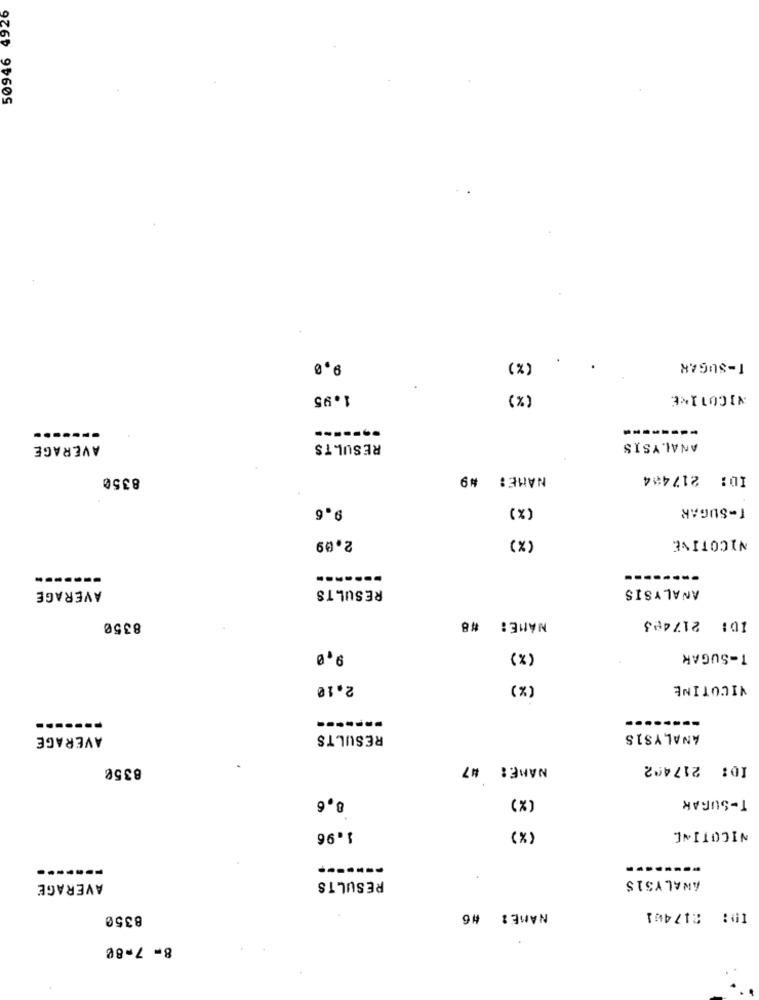
50946 4926
9,0
(%)
T-SUGAR
1.95
(x)
NICOTINE
-------
AVERAGE
RESULTS
ANALYSIS
8350
NAME: #9
ID: 217404
9.6
(x)
T-SUGAR
2.09
(X)
NICOTINE
-------
RESULTS
ANALYSIS
AVERAGE
NAME: #8
ID: 217423
8350
9,0
(x)
T-SUGAR
2.10
(%)
NICOTINE
-------
--------
AVERAGE
RESULTS
ANALYSIS
8350
NAME: #7
ID: 2174₾2
8.6
(%)
T-SUGAR
NICOTINE
1.96
(%)
AVERAGE
RESULTS
ANALYSIS
8350
NAME: #6
ID: 217401
8- 7-8₡